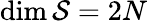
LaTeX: \dim{\mathcal{S}}=2N